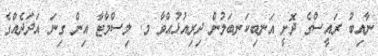
ނާއިބު ރައީސްގެ ދޮށީ އަނބިކަނބަލުން ދިރިއުޅުއްވާ މ. ލިސްމާޓާ އިން ގިނަ އަދަދެެއްގެ